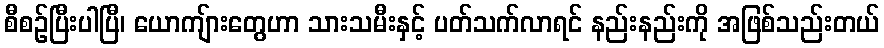
စီစဉ်ပြီးပါပြီ၊ ယောကျ်ားတွေဟာ သားသမီးနှင့် ပတ်သက်လာရင် နည်းနည်းကို အဖြစ်သည်းတယ်